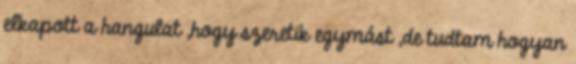
elkapott a hangulat ,hogy szeretik egymást ,de tudtam hogyan